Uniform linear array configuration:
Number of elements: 64
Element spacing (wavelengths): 0.5
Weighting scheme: uniform
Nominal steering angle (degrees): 0
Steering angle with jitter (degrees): -1.692
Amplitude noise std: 0.05
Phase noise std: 0.05

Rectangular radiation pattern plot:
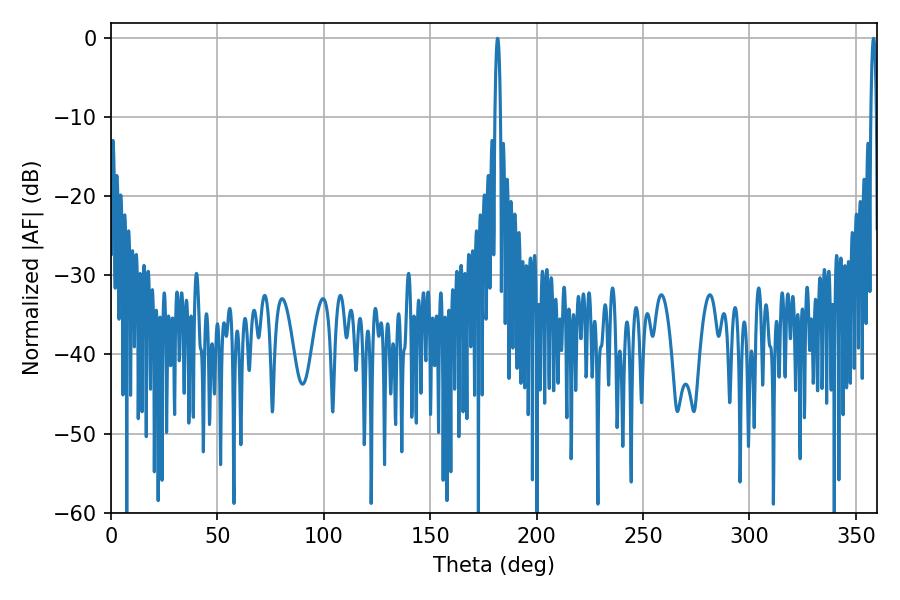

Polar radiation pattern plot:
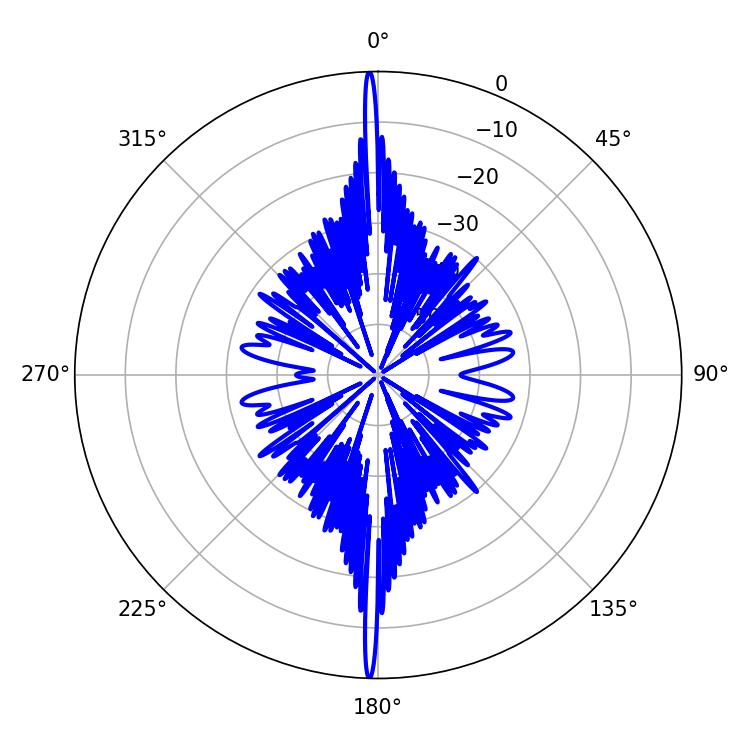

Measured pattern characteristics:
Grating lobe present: FALSE
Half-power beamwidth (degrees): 1.44
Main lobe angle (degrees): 358.38